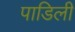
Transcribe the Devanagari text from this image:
पाडिली